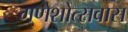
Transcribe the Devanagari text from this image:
गणेशोत्सवास